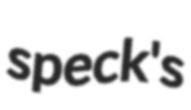
speck's